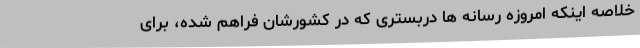
خلاصه اینکه امروزه رسانه ها دربستری که در کشورشان فراهم شده، برای